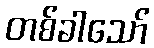
တစ်ခါသော်